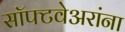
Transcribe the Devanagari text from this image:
सॉफ्टवेअरांना